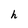
Character: h